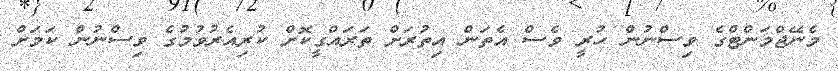
މެނޭޖްމަންޓްގެ ވިސްނުން ހުރީ ވެސް އެތަން އިތުރަށް ތަރައްގީކޮށް ކުރިއެރުވުމުގެ ވިސްނުން ކަމަށް